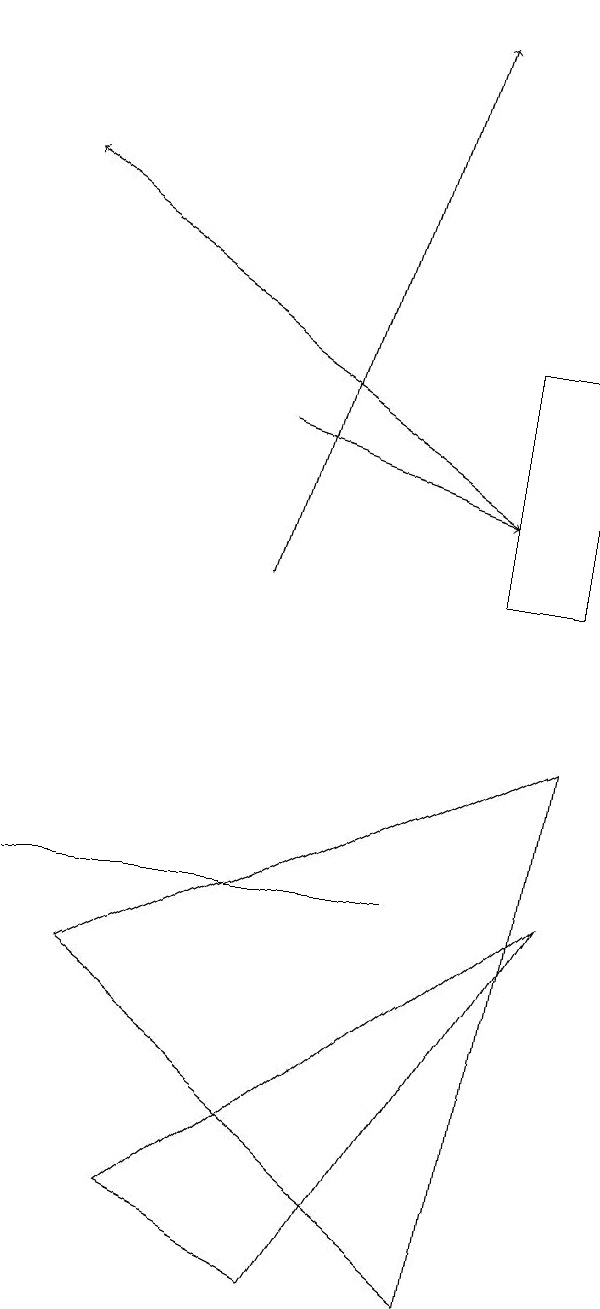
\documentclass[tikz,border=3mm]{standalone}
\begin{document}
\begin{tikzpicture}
\draw (2,3) -- (7,7) -- (4,2) -- cycle;
\draw (6,2) -- (1,6) -- (7,9) -- cycle;
\draw (5,7) -- (0,7) -- (5,7) -- cycle;
\draw[->] (6,12) -- (0,16);
\draw[->] (3,11) -- (5,18);
\draw (6,14) rectangle (7,11);
\draw[->] (3,13) -- (6,12);
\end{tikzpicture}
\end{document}